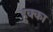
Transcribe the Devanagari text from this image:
हुक्‍का